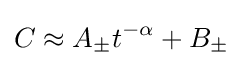
C\approx A_{\pm }t^{-\alpha }+B_{\pm }